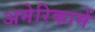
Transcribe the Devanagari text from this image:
अमेरिकामें